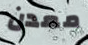
معدن